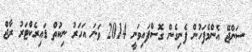
ސަންޖޭ އެންމެފަހުން ފެނިގެން ގޮސްފައިވަނީ 2014 ވަނަ އަހަރު ނިކުތް ޑައިރެކްޓަރު ރާޖް